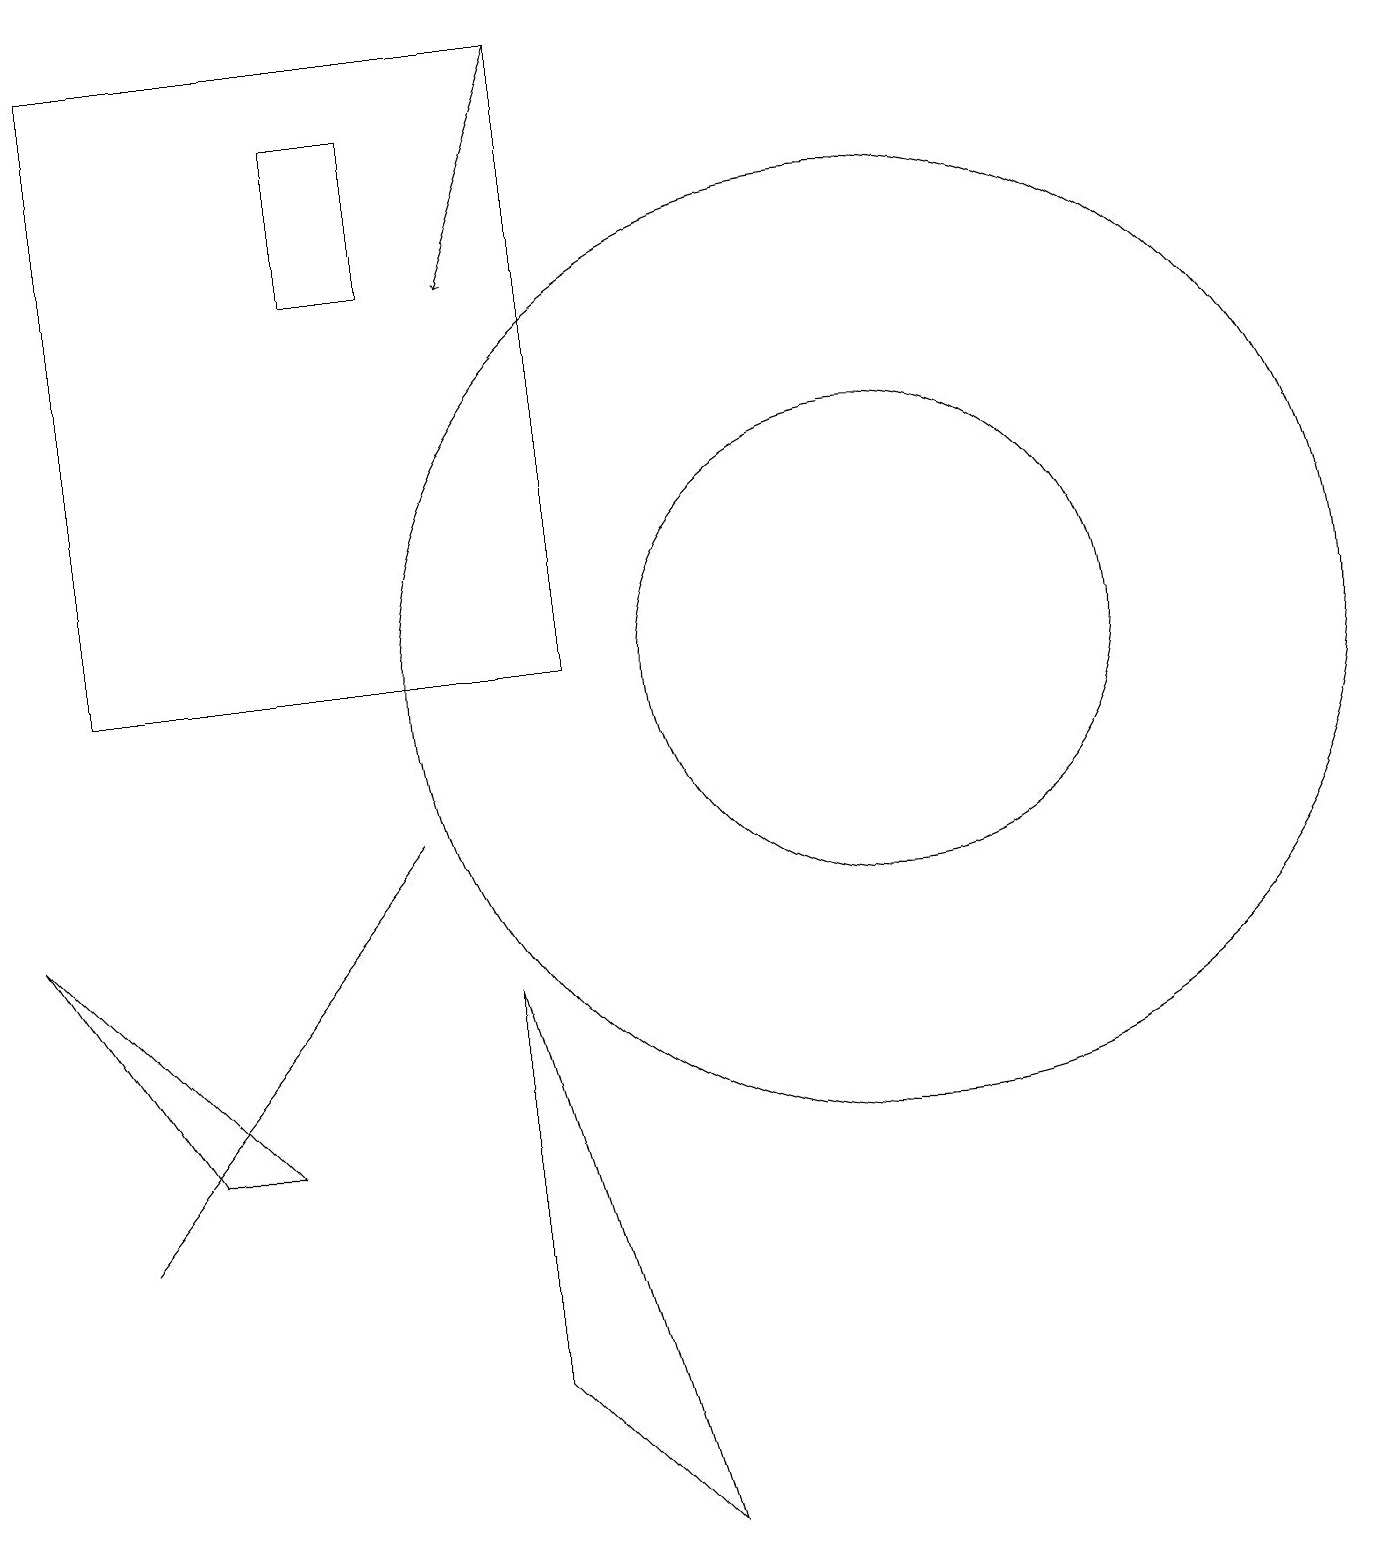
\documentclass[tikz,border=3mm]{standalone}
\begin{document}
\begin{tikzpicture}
\draw (6,7) -- (8,0) -- (6,2) -- cycle;
\draw (5,18) rectangle (4,16);
\draw (1,4) -- (5,9) -- (5,9) -- cycle;
\draw (7,11) rectangle (1,19);
\draw[->] (7,19) -- (6,16);
\draw (2,5) -- (0,8) -- (3,5) -- cycle;
\draw (11,11) circle (6);
\draw (11,11) circle (3);
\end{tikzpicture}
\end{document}